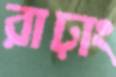
রাঢ়াং